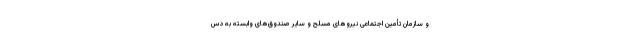
و سازمان تأمین اجتماعی نیروهای مسلح و سایر صندوق‌های وابسته به دس